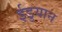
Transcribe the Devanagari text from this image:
ईडुयान